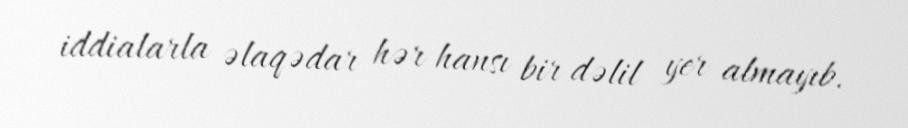
iddialarla əlaqədar hər hansı bir dəlil yer almayıb.